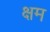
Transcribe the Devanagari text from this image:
क्षम